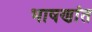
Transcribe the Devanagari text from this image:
भाषणांत